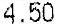
4.50